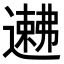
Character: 𬩉